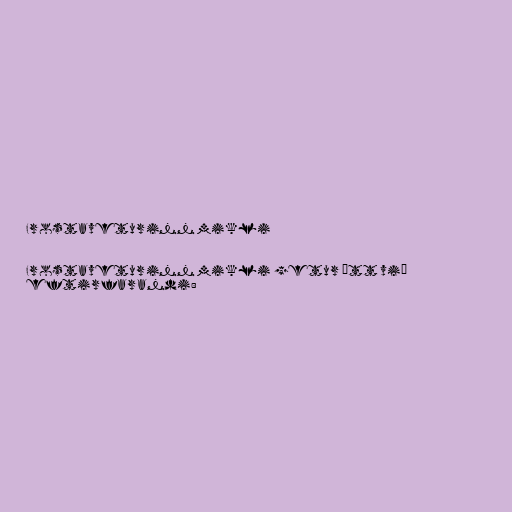
Frostaveturinn mikli

Frostaveturinn mikli getur átt við
eftirfarandi: